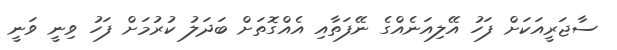
ސާޖަރީއަކަށް ފަހު އޭލިއަނެއްގެ ނޭފަތާއި އެއްގޮތަށް ބަދަލު ކުރުމަށް ފަހު ވިނީ ވަނީ